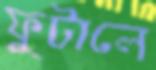
ফুটালে